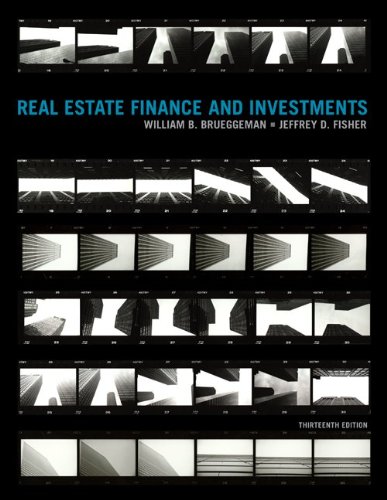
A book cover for Real Estate Finance and Investments; William Brueggeman; Business & Money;